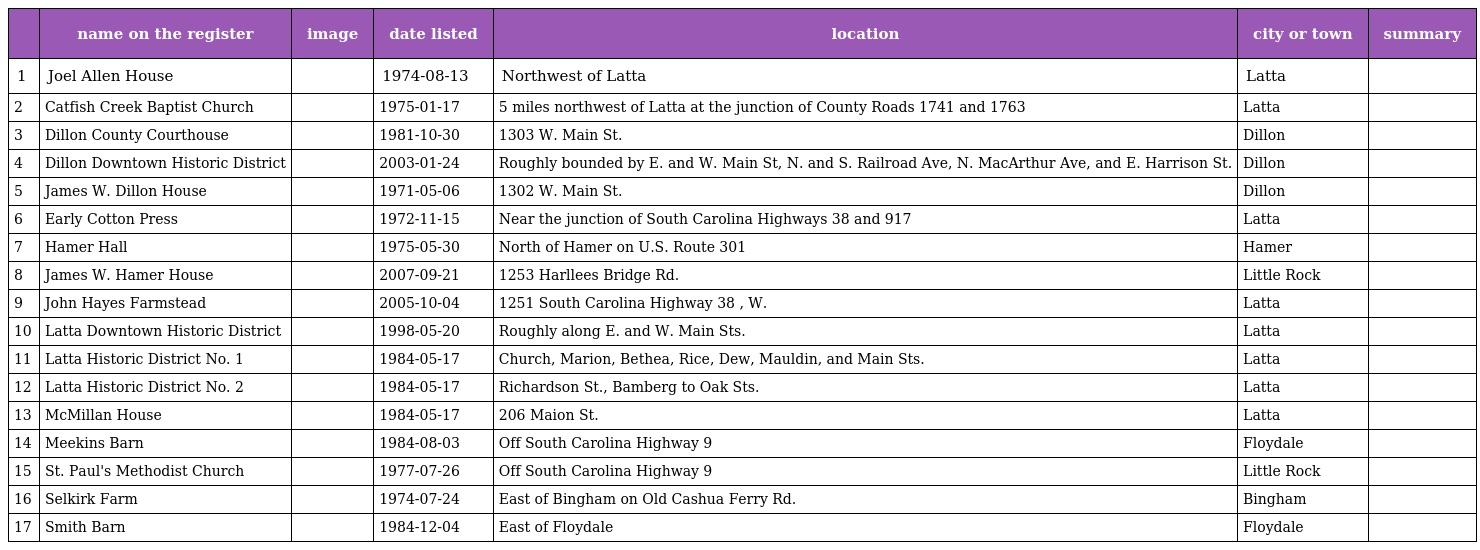
|  | name on the register | image | date listed | location | city or town | summary |
 | --- | --- | --- | --- | --- | --- | --- |
 | 1 | Joel Allen House |  | 1974-08-13 | Northwest of Latta | Latta |  |
 | 2 | Catfish Creek Baptist Church |  | 1975-01-17 | 5 miles northwest of Latta at the junction of County Roads 1741 and 1763 | Latta |  |
 | 3 | Dillon County Courthouse |  | 1981-10-30 | 1303 W. Main St. | Dillon |  |
 | 4 | Dillon Downtown Historic District |  | 2003-01-24 | Roughly bounded by E. and W. Main St, N. and S. Railroad Ave, N. MacArthur Ave, and E. Harrison St. | Dillon |  |
 | 5 | James W. Dillon House |  | 1971-05-06 | 1302 W. Main St. | Dillon |  |
 | 6 | Early Cotton Press |  | 1972-11-15 | Near the junction of South Carolina Highways 38 and 917 | Latta |  |
 | 7 | Hamer Hall |  | 1975-05-30 | North of Hamer on U.S. Route 301 | Hamer |  |
 | 8 | James W. Hamer House |  | 2007-09-21 | 1253 Harllees Bridge Rd. | Little Rock |  |
 | 9 | John Hayes Farmstead |  | 2005-10-04 | 1251 South Carolina Highway 38 , W. | Latta |  |
 | 10 | Latta Downtown Historic District |  | 1998-05-20 | Roughly along E. and W. Main Sts. | Latta |  |
 | 11 | Latta Historic District No. 1 |  | 1984-05-17 | Church, Marion, Bethea, Rice, Dew, Mauldin, and Main Sts. | Latta |  |
 | 12 | Latta Historic District No. 2 |  | 1984-05-17 | Richardson St., Bamberg to Oak Sts. | Latta |  |
 | 13 | McMillan House |  | 1984-05-17 | 206 Maion St. | Latta |  |
 | 14 | Meekins Barn |  | 1984-08-03 | Off South Carolina Highway 9 | Floydale |  |
 | 15 | St. Paul's Methodist Church |  | 1977-07-26 | Off South Carolina Highway 9 | Little Rock |  |
 | 16 | Selkirk Farm |  | 1974-07-24 | East of Bingham on Old Cashua Ferry Rd. | Bingham |  |
 | 17 | Smith Barn |  | 1984-12-04 | East of Floydale | Floydale |  |